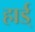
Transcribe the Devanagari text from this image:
हार्ड्